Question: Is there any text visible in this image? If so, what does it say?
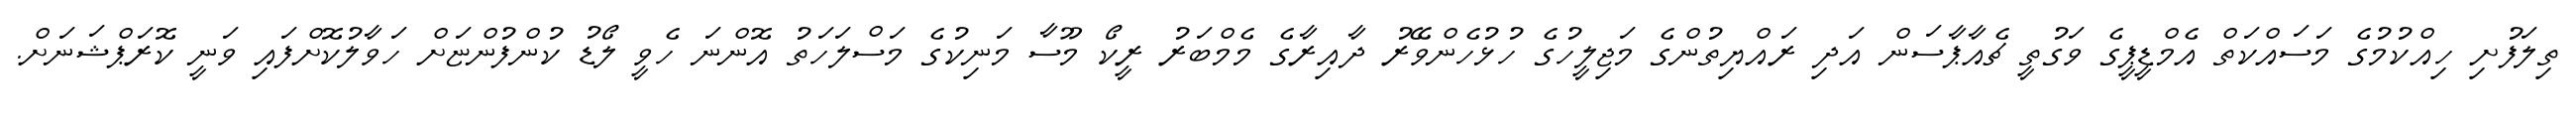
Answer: ތިލަފުށި ހިއްކުމުގެ މަސައްކަތް އެމްޑީޕީގެ ވަގުތީ ޗެއާޕާސަން އަދި ރައްޔިތުންގެ މަޖިލީހުގެ ހުޅުހެންވޭރު ދާއިރާގެ މެމްބަރު ރީކޯ މޫސާ މަނިކުގެ މަސްލަހަތު އޮންނަ ހެވީ ލޯޑު ކުންފުންޏަށް ހަވާލުކޮށްފައި ވަނީ ކޮރަޕްޝަނަށް.